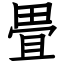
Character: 畳